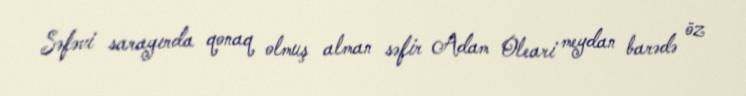
Səfəvi sarayında qonaq olmuş alman səfir Adam Oleari meydan barədə öz